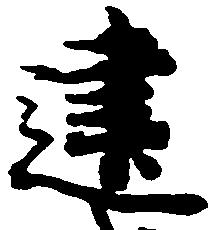
建